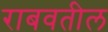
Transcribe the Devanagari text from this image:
राबवतील